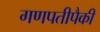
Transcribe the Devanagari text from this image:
गणपतीपैकी